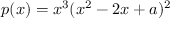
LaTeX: p ( x ) = x ^ { 3 } ( x ^ { 2 } - 2 x + a ) ^ { 2 }